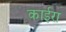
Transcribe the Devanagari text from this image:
काईरा